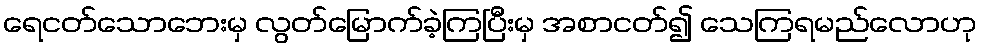
ရေငတ်သောဘေးမှ လွတ်မြောက်ခဲ့ကြပြီးမှ အစာငတ်၍ သေကြရမည်လောဟု